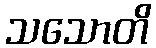
သသောတိ